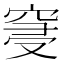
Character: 𮄀